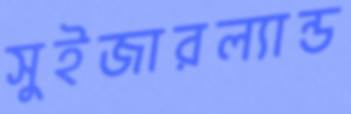
সুইজারল্যান্ড